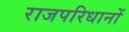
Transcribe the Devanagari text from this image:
राजपरिधानों